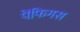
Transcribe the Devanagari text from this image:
पेंफिगस